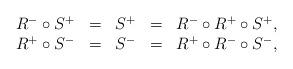
LaTeX: \begin{align*}\begin{array}{rcccl}R^-\circ S^+&=&S^+&=&R^-\circ R^+\circ S^+,\\ R^+\circ S^-&=&S^-&=&R^+\circ R^-\circ S^-,\end{array}\end{align*}